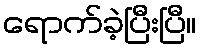
ရောက်ခဲ့ပြီးပြီ။